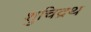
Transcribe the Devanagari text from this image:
शुचिद्रथ